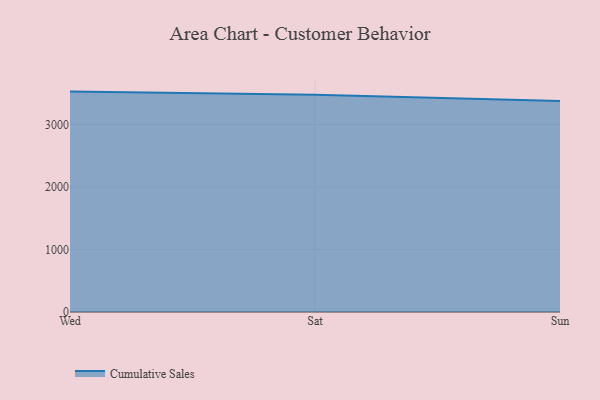
{"axis": {"x": "Day", "y": "Budget (USD K)"}, "legend": ["Cumulative Sales"], "data": [{"x": "Wed", "y": 3527.0, "type": "Cumulative Sales"}, {"x": "Sat", "y": 3476.8, "type": "Cumulative Sales"}, {"x": "Sun", "y": 3375.2, "type": "Cumulative Sales"}]}